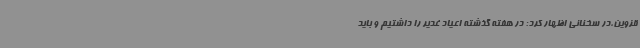
قزوین،در سخنانی اظهار کرد: در هفته گذشته اعیاد غدیر را داشتیم و باید